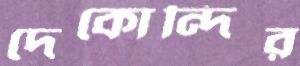
দেকোন্দির